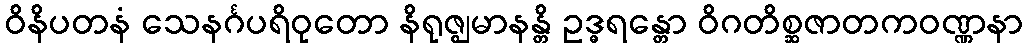
ဝိနိပတနံ သေနင်္ဂပရိဝုတော နိရုဇ္ဈမာနန္တိ ဥဒ္ဓရန္တော ဝိဂတိစ္ဆဇာတကဝဏ္ဏနာ